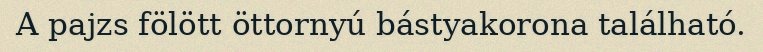
A pajzs fölött öttornyú bástyakorona található.